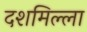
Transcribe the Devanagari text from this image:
दशमिल्ला